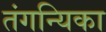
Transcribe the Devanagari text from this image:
तंगन्यिका